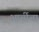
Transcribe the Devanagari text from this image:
आर्चीचा